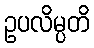
ဥပလိမ္ပတိ